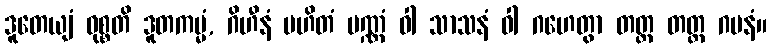
ဒူတေယျံ ဝုစ္စတိ ဒူတကမ္မံ, ဂိဟီနံ ပဟိတံ ပဏ္ဏံ ဝါ သာသနံ ဝါ ဂဟေတွာ တတ္ထ တတ္ထ ဂမနံ။